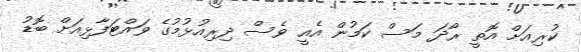
ކުރިއަށް އޮތީ ރޯދަ މަސް ކަމުން އެއީ ވެސް ދިރިއުޅުމުގެ ވައްޓަފާޅިއަށް ބޮޑު